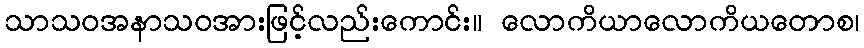
သာသဝအနာသဝအားဖြင့်လည်းကောင်း။ လောကိယာလောကိယတောစ၊